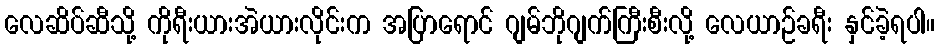
လေဆိပ်ဆီသို့ ကိုရီးယားအဲယားလိုင်းက အပြာရောင် ဂျမ်ဘိုဂျက်ကြီးစီးလို့ လေယာဉ်ခရီး နှင်ခဲ့ရပါ။